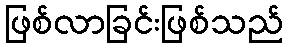
ဖြစ်လာခြင်းဖြစ်သည်